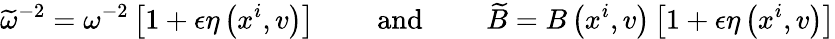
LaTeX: \widetilde{\omega}^{-2}=\omega^{-2}\left[1+\epsilon\eta\left(x^{i},v\right)\right]\qquad\mathrm{~and~}\qquad\widetilde{B}=B\left(x^{i},v\right)\left[1+\epsilon\eta\left(x^{i},v\right)\right]